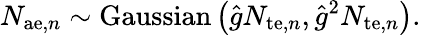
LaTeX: N_{\mathrm{ae},n}\sim\mathrm{Gaussian}\left(\hat{g}N_{\mathrm{te},n},\hat{g}^{2}N_{\mathrm{te},n}\right).